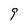
Character: 9